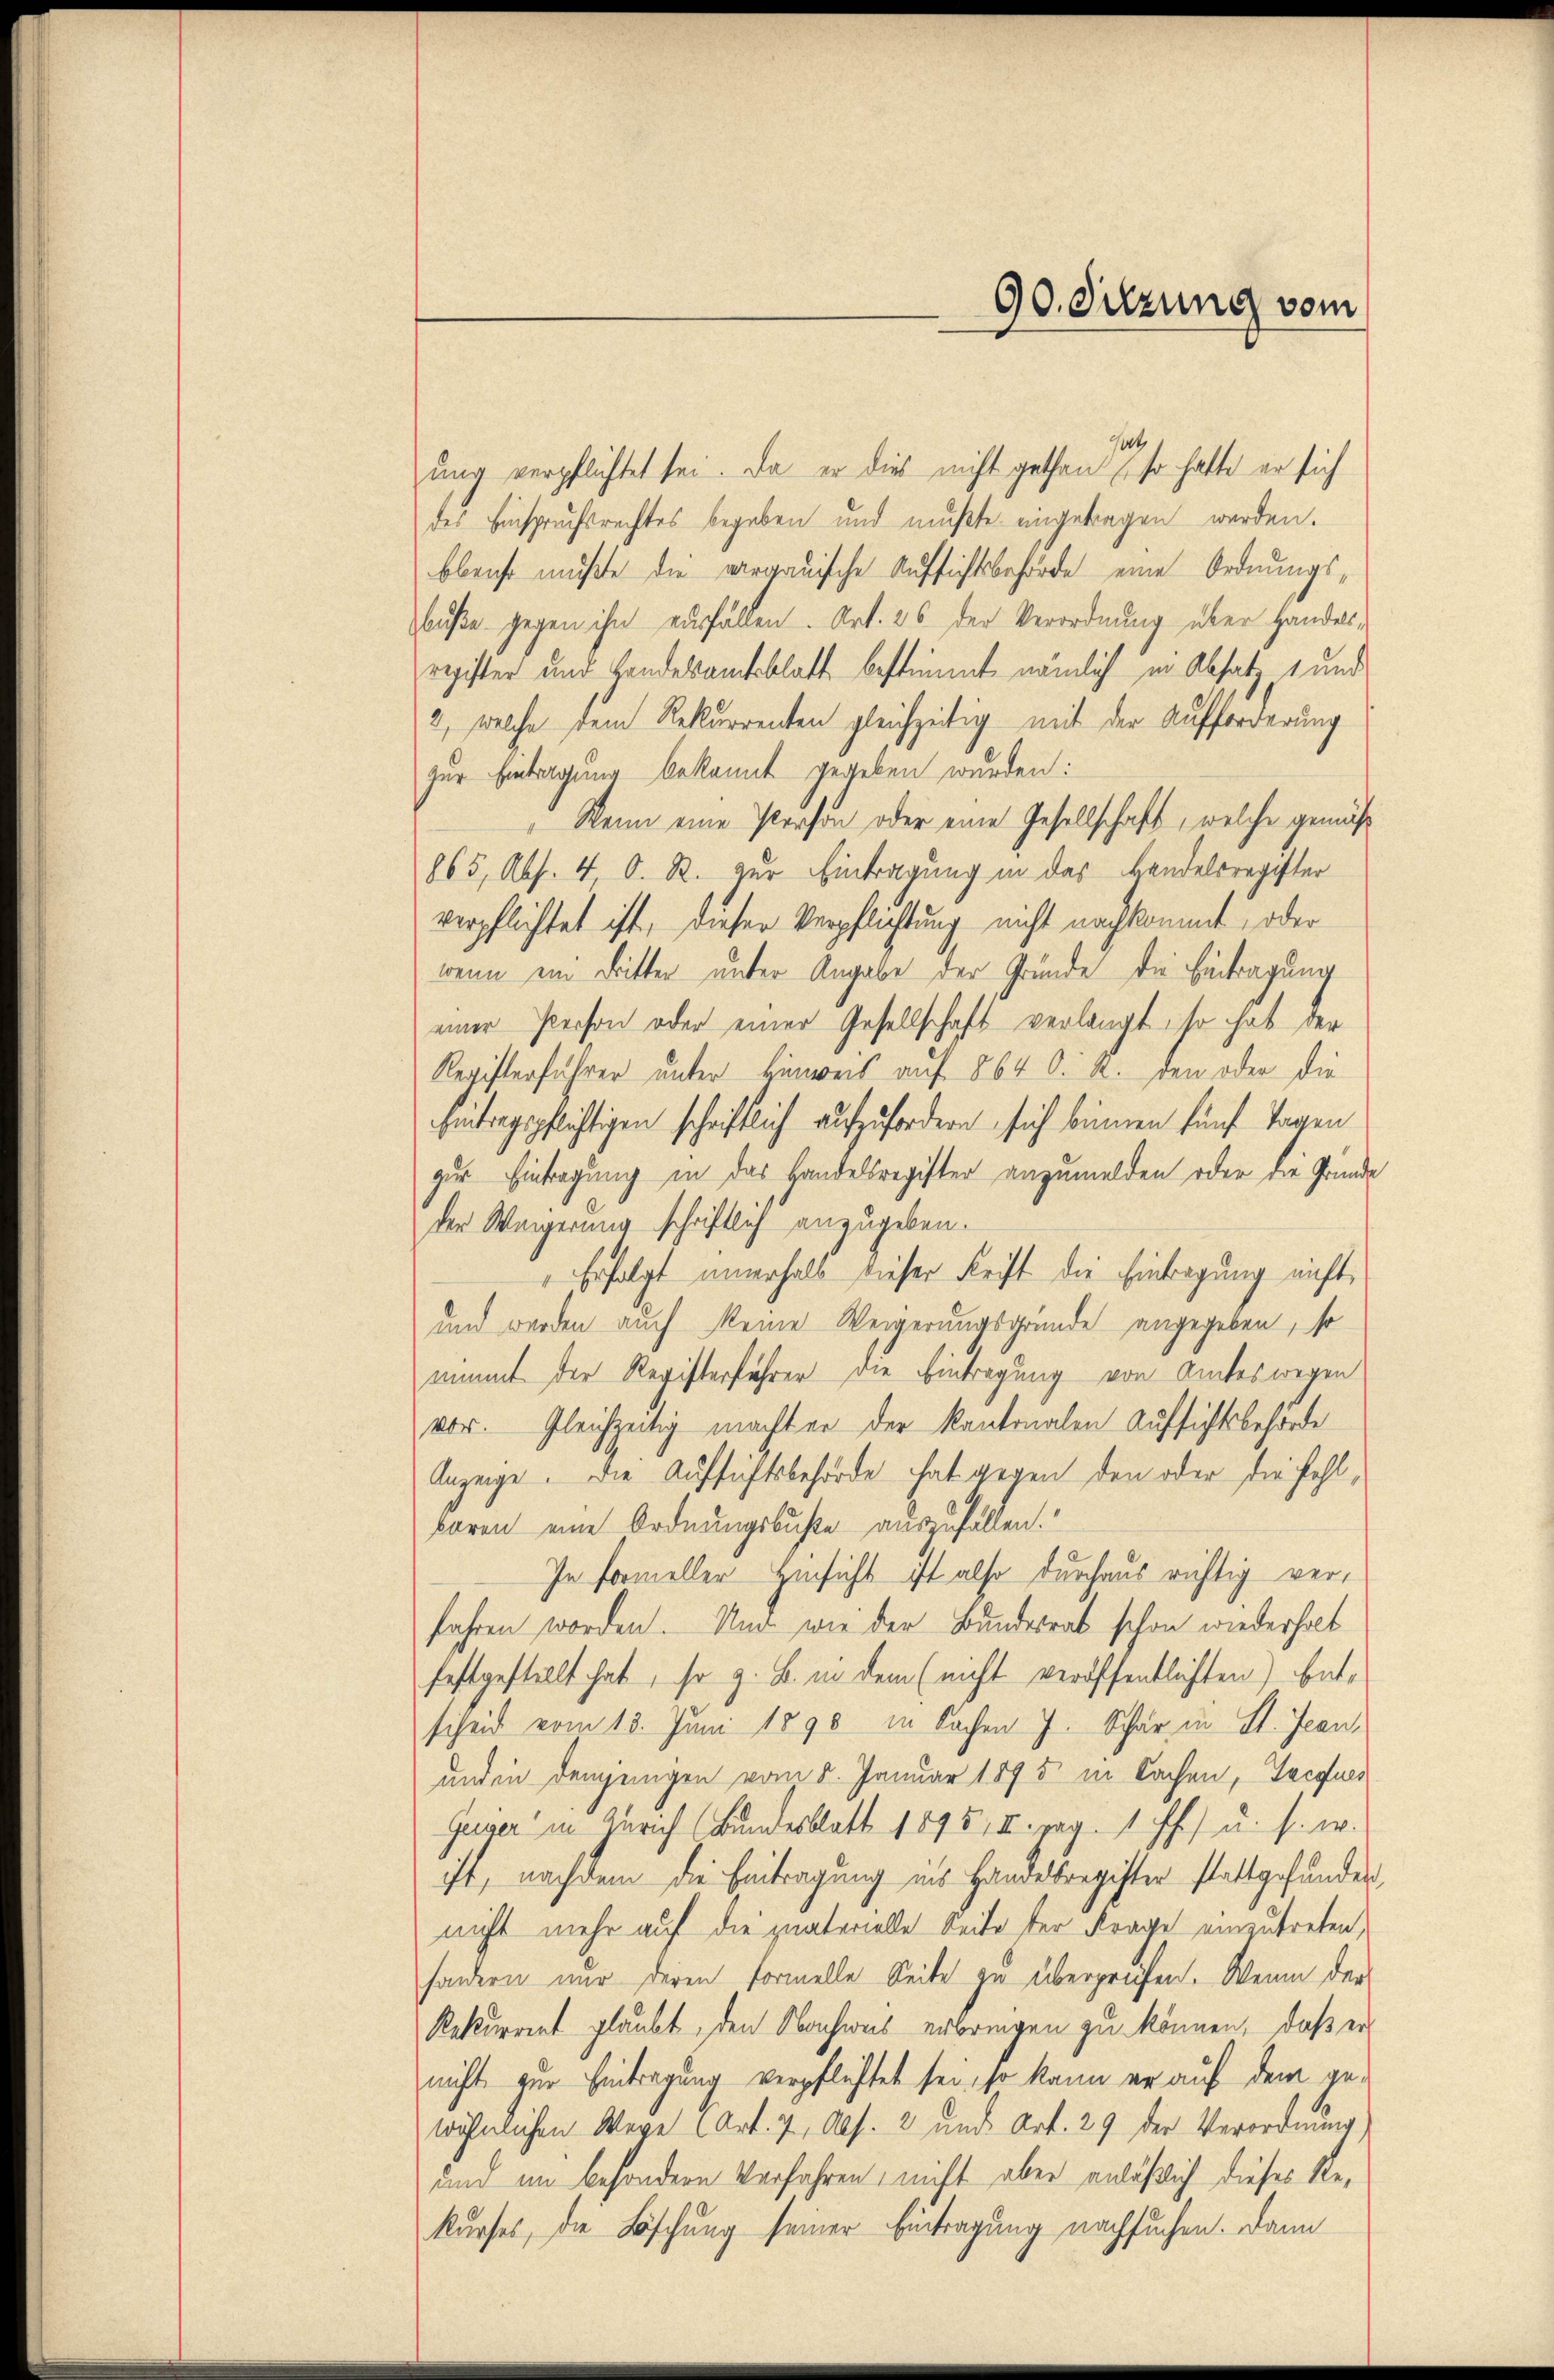
90. Sitzung vom

ung verpflichtet sei. Da er dies nicht gethan, so hatte er sich
des Einspruchsrechtes begeben und mußte eingetragen werden.
bbeicht mußte die aargauische Aufsichtsbehörde eine Ordnungsbuße gegen ihn verfällen. Art. 26 der Verordnung über Handesregister und Landesamtsblatt bestimmt nämlich in Absatz 1 und
2, welche dem Rekurrenten gleichzeitig mit der Aufforderung
zur Eintragung bekannt gegeben wurden:
Wenn eine Person oder eine Gesellschaft, welche gemäß
865, Abs. 4 O. R. zur Eintragung in das Handelsregister
verpflichtet ist, dieser Verpflichtung nicht nachkommt, oder
wenn ein Bitter unter Angabe der Gründe die Eintragung
einer Person oder einer Gesellschaft verlangt, so hat der
Registerführer unter Hinweis auf 864 d. R. den oder die
Eintragspflichtigen schriftlich aufzufordern sich binnen fünf Tagen
zur Eintragung in das Handelsregister anzumelden oder die Gründe
der Weigerung schriftlich anzugeben.
" Erfolgt innerhalb dieser Frist die Eintragung nicht
und werden auch keine Weigerungsgründe angegeben, so
nimmt der Registerführer die Eintragung von Amtes wegen
vor. Gleichzeitig machter der Kantonalen Aufsichtsbehörde
Anzeige. Die Aufsichtsbehörde hat gegen den oder die fehl,
baren eine Ordnungsbuße auszufällen.
In formeller Hinsicht ist also durchaus richtig verfahren worden. Nur wie der Bundesrat schon wiederholt
festgestellt hat, so z. B. in dem (nicht veröffentlichten) Entscheid vom 13. Juni 1890 in Sachen J. Schär in St. Jean
und in demjenigen vom 8. Januar 1895 in Sachen, Tocques
Geiger in Zürich (Bundesblatt 1895, II. pag. 1 ff.) u. s. w.
ist, nachdem die Eintragung ins Handelsregister stattgefunden
nicht mehr auf die quaterielle Seite der Frage einzutreten,
sondern nur deren Formelle Seite zu überprüfen. Wenn der
Rekurrent glaubt, den Nachweis erbringen zu können, daß ernicht zur Eintragung verpflichtet sei, so kann er auf dem gewöhnlichen Wege (Art. 7, Abs. 2 und Art. 29 der Verordnung
und im besondern Verfahren, nicht aber anläßlich dieses Rekurses, die Löschung seiner Eintragung nachsuchen. Dann